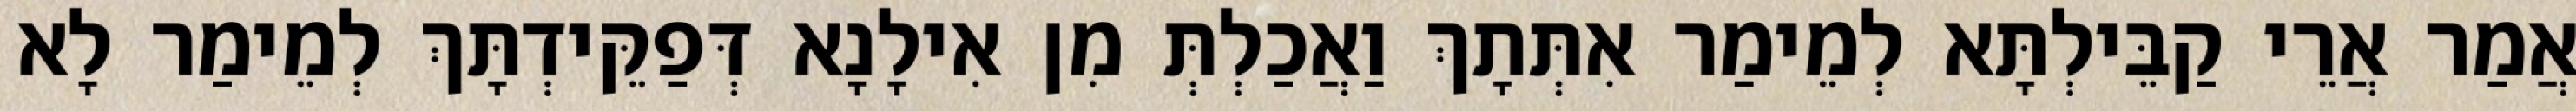
אֲמַר אֲרֵי קַבֵּילְתָּא לְמֵימַר אִתְּתָךְ וַאֲכַלְתְּ מִן אִילָנָא דְּפַקֵּידְתָּךְ לְמֵימַר לָא